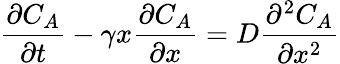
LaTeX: \frac{\partial C_{A}}{\partial t}-\gamma x\frac{\partial C_{A}}{\partial x}=D\frac{\partial^{2}C_{A}}{\partial x^{2}}